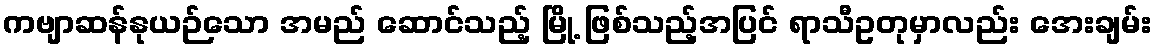
ကဗျာဆန်နုယဉ်သော အမည် ဆောင်သည့် မြို့ ဖြစ်သည့်အပြင် ရာသီဥတုမှာလည်း အေးချမ်း